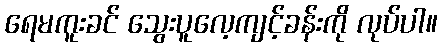
ရေမကူးခင် သွေးပူလေ့ကျင့်ခန်းကို လုပ်ပါ။